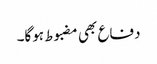
دفاع بھی مضبوط ہوگا۔